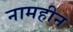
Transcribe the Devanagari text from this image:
नामहीन